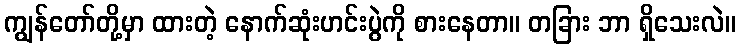
ကျွန်တော်တို့မှာ ထားတဲ့ နောက်ဆုံးဟင်းပွဲကို စားနေတာ။ တခြား ဘာ ရှိသေးလဲ။